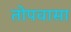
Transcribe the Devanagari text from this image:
तोपवासा